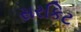
સરકિટ